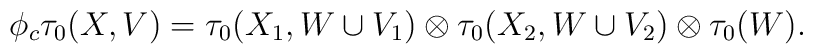
\phi_c\tau_0(X,V)=\tau_0(X_1,W\cup V_1)\otimes\tau_0(X_2,W\cup V_2)\otimes\tau_0(W).